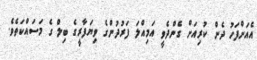
އެއަށްފަހު ދެން ކުރިއަށް ގެންދެވީ އަމިއްލަ ފަރުދުންގެ ވިޔަފާރީގެ ބިލް ގެ މަސައްކަތެވެ.